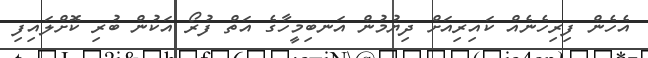
އެހެން ފިރިހެނެއް ކައިރިއަށް ދިޔުމުން އަނބިމީހާގެ އަތް ފުރޯ އަކުން ބުރި ކޮށްލައިފި